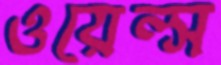
ওয়েল্স